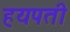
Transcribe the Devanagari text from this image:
हयपती